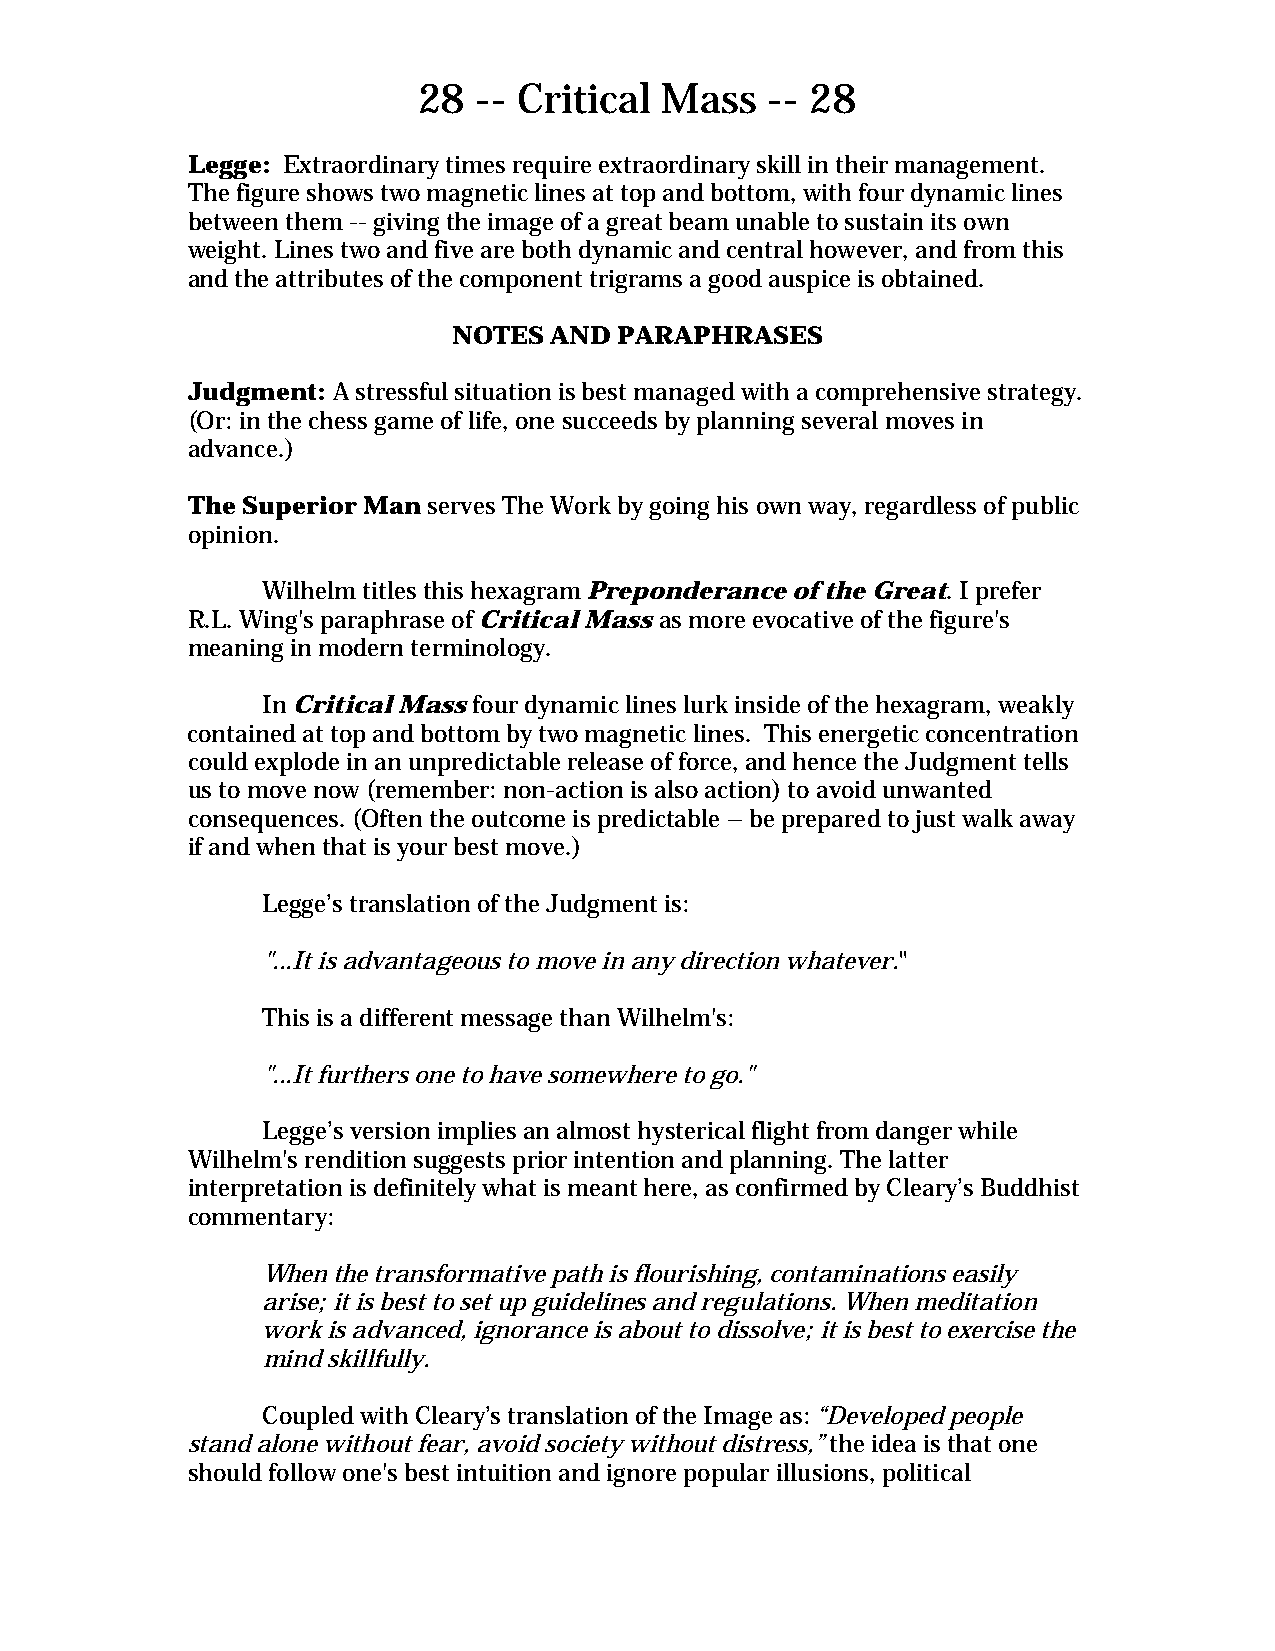
28  -- Critical Mass   -- 28
 Legge: Extraordinary times require extraordinary skill in their management.
 The figure shows two magnetic lines at top and bottom, with four dynamic lines
 between them -- giving the image of a great beam unable to sustain its own
 weight. Lines two and five are both dynamic and central however, and from this
 and the attributes of the component trigrams a good auspice is obtained.
 NOTES AND  PARAPHRASES
 Judgment: A stressful situation is best managed with a comprehensive strategy.
 (Or: in the chess game of life, one succeeds by planning several moves in
 advance.)
 The Superior Man serves The Work by going his own way, regardless of public
 opinion.
 Wilhelm titles this hexagram Preponderance of the Great. I prefer
 R.L. Wing's paraphrase of Critical Mass as more evocative of the figure's
 meaning in modern terminology.
 In Critical Mass four dynamic lines lurk inside of the hexagram, weakly
 contained at top and bottom by two magnetic lines. This energetic concentration
 could explode in an unpredictable release of force, and hence the Judgment tells
 us to move now (remember: non-action is also action) to avoid unwanted
 consequences. (Often the outcome is predictable – be prepared to just walk away
 if and when that is your best move.)
 Legge’s translation of the Judgment is:
 "...It is advantageous to move in any direction whatever."
 This is a different message than Wilhelm's:
 "...It furthers one to have somewhere to go."
 Legge’s version implies an almost hysterical flight from danger while
 Wilhelm's rendition suggests prior intention and planning. The latter
 interpretation is definitely what is meant here, as confirmed by Cleary’s Buddhist
 commentary:
 When the transformative path is flourishing, contaminations easily
 arise; it is best to set up guidelines and regulations. When meditation
 work is advanced, ignorance is about to dissolve; it is best to exercise the
 mind skillfully.
 Coupled with Cleary’s translation of the Image as: “Developed people
 stand alone without fear, avoid society without distress,” the idea is that one
 should follow one's best intuition and ignore popular illusions, political